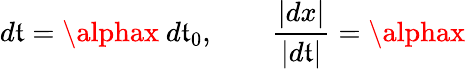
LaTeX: d\mathfrak{t}=\alphax\ d\mathfrak{t}_{0},\qquad{\frac{{|dx|}}{{|d\mathfrak{t}|}}}=\alphax